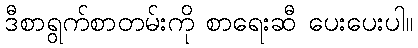
ဒီစာရွက်စာတမ်းကို စာရေးဆီ ပေးပေးပါ။